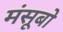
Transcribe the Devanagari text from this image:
मंसूबो